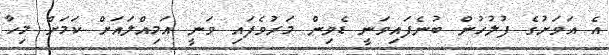
އެ އަވަށުގެ ފުލުހުން ބުނެފައިވަނީ ޑެވިން މަރުވެފައި ވަނީ އަމިއްލައަށް ކަމަށް މިހާ